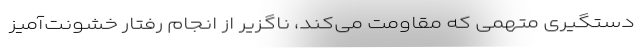
دستگیری متهمی که مقاومت ‌می‌کند، ناگزیر از انجام رفتار خشونت‌آمیز